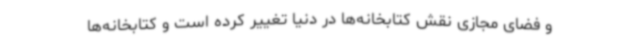
و فضای مجازی نقش کتابخانه‌ها در دنیا تغییر کرده است و کتابخانه‌ها